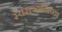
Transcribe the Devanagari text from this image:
स्वराज्यनिष्ठा